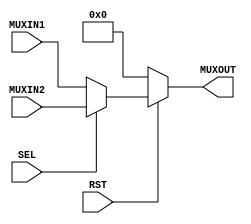
module mux(MUXIN1, MUXIN2, MUXOUT, SEL, RST);

input RST;
input SEL;
input [31:0] MUXIN1;
input [31:0] MUXIN2;

output reg [31:0] MUXOUT;

always @(*) begin
    if(RST == 0) MUXOUT = 32'b0; else
        MUXOUT = SEL ? MUXIN2 : MUXIN1;
end

endmodule